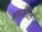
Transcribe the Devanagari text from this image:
इयत्तेतील